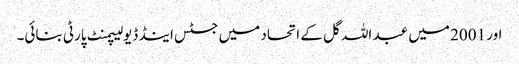
اور 2001 میں عبد اللہ گل کے اتحاد میں جسٹس اینڈ ڈیولیپمنٹ پارٹی بنائی۔